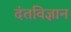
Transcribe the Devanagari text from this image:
दंतविज्ञान